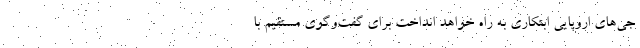
جی‌های اروپایی ابتکاری به راه خواهد انداخت برای گفت‌و‌گوی مستقیم با